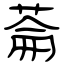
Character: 菕